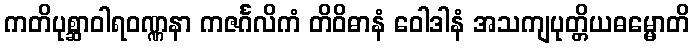
ကတိပုစ္ဆာဝါရဝဏ္ဏနာ ကဇင်္ဂလိကံ တိဝိဓာနံ ဝေါဒါနံ အသကျပုတ္တိယဓမ္မောတိ